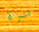
مرة